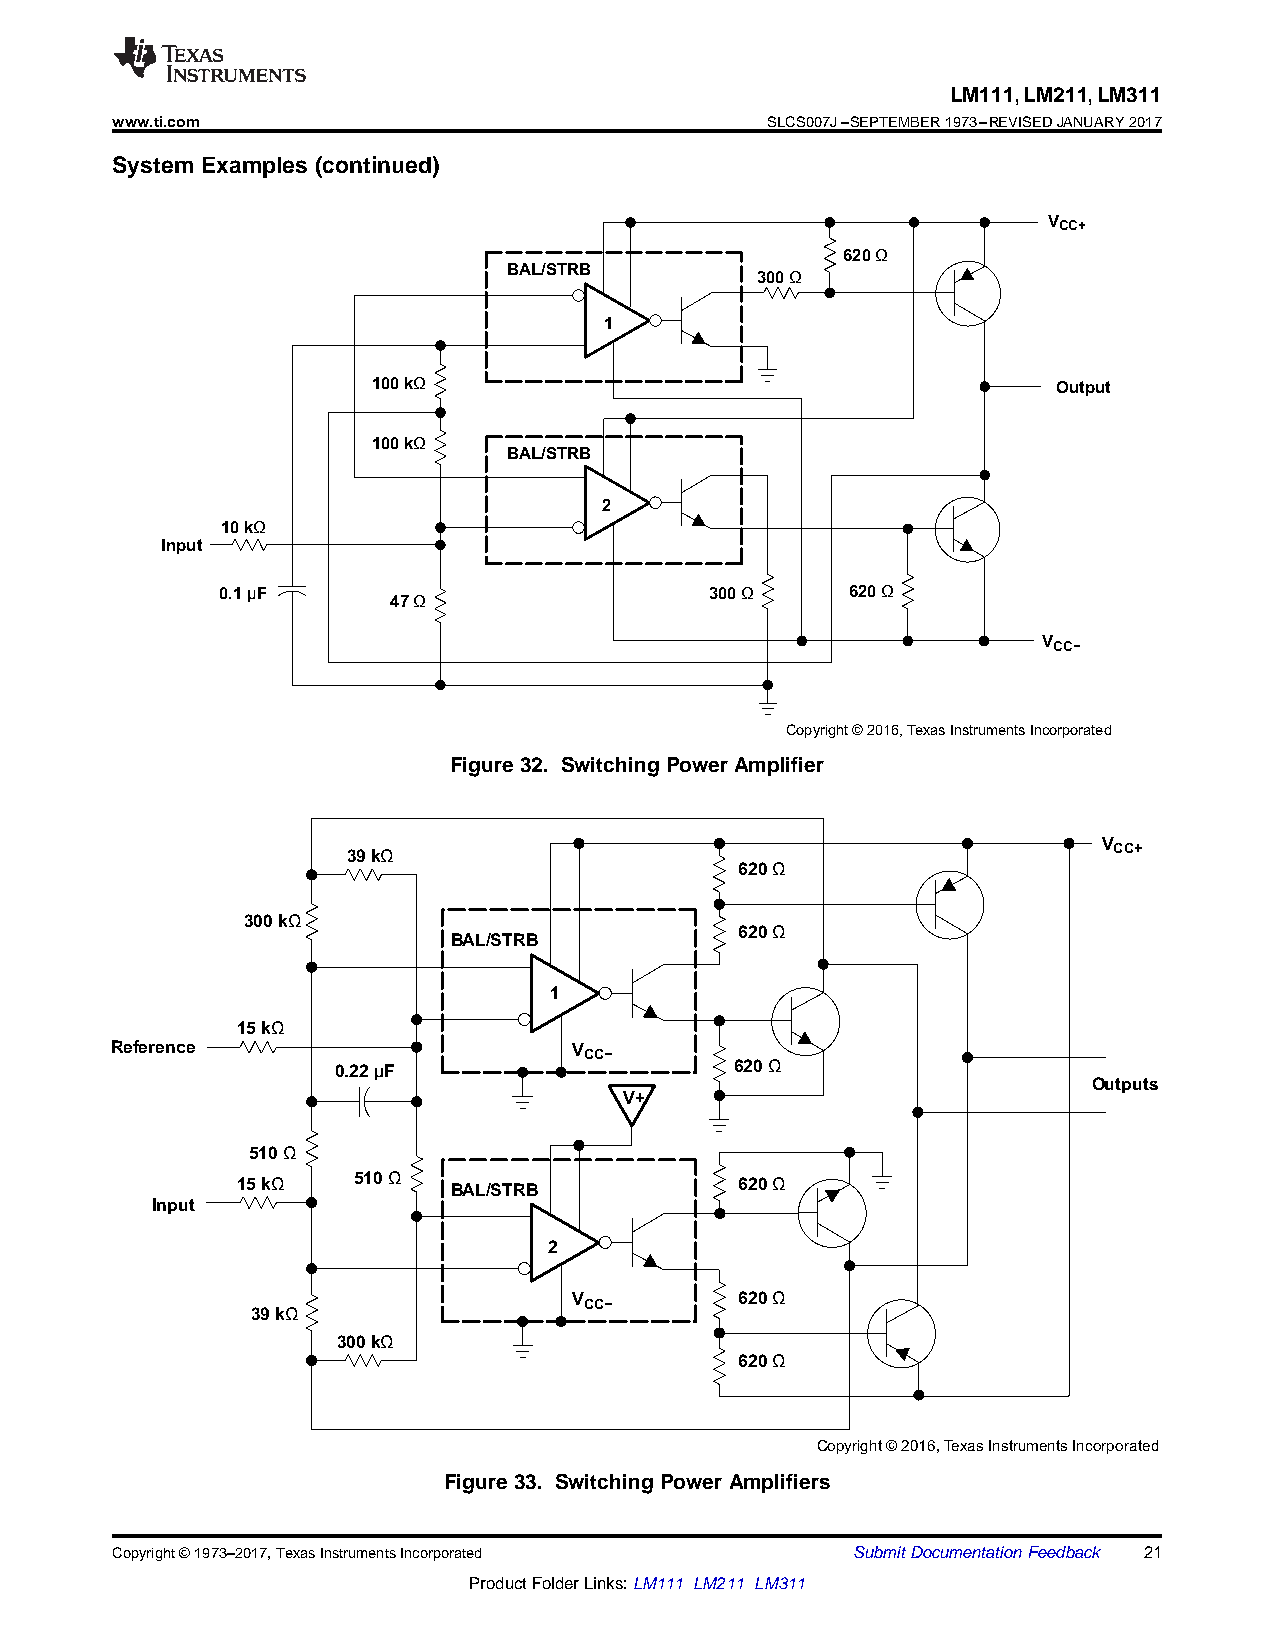
LM111,LM211,LM311
 www.ti.com                                  SLCS007J–SEPTEMBER1973–REVISEDJANUARY2017
 System Examples (continued)
 VCC+
 620Ω
 BAL/STRB
 300Ω
 1
 100 kΩ                                       Output
 100 kΩ
 BAL/STRB
 2
 10 kΩ
 Input
 0.1µF                           300Ω     620Ω
 47Ω
 VCC−
 Copyright © 2016,Texas Instruments Incorporated
 Figure32. SwitchingPowerAmplifier
 V
 39 kΩ                                              CC+
 620Ω
 300 kΩ
 620Ω
 BAL/STRB
 1
 15 kΩ
 Reference                      V
 CC−
 0.22µF                     620Ω
 Outputs
 V+
 510Ω
 15 kΩ  510Ω   BAL/STRB           620Ω
 Input
 2
 V          620Ω
 CC−
 39 kΩ
 300 kΩ
 620Ω
 Copyright © 2016,Texas Instruments Incorporated
 Figure33. SwitchingPowerAmplifiers
 Copyright©1973–2017,TexasInstrumentsIncorporated SubmitDocumentationFeedback 21
 ProductFolderLinks:LM111 LM211 LM311